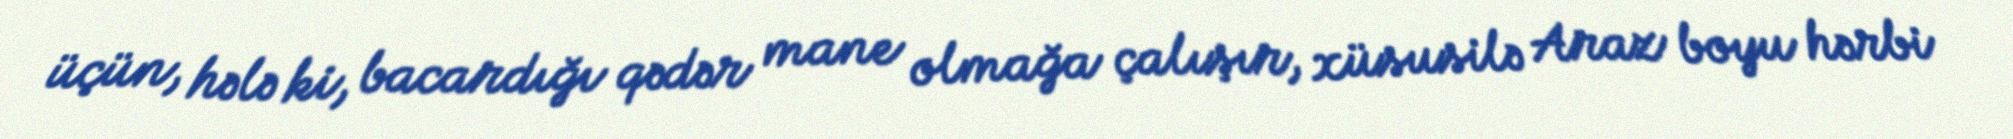
üçün, hələ ki, bacardığı qədər mane olmağa çalışır, xüsusilə Araz boyu hərbi